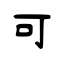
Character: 可